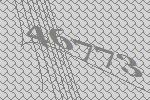
46773